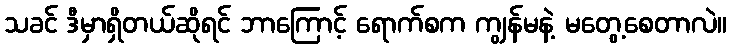
သခင် ဒီမှာရှိတယ်ဆိုရင် ဘာကြောင့် ရောက်စက ကျွန်မနဲ့ မတွေ့စေတာလဲ။